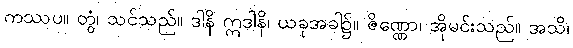
ကဿပ။ တွံ၊ သင်သည်။ ဒါနိ ဣဒါနိ၊ ယခုအခါ၌။ ဇိဏ္ဏော၊ အိုမင်းသည်။ အသိ၊